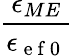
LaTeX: \frac{\epsilon_{ME}}{\epsilon_{\mathrm{~e~f~0~}}}